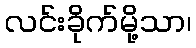
လင်းခိုက်မို့သာ၊